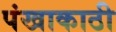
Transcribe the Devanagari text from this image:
पंखाकाठी